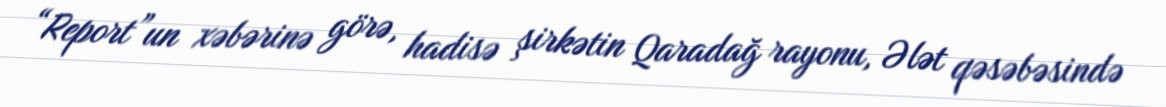
“Report”un xəbərinə görə, hadisə şirkətin Qaradağ rayonu, Ələt qəsəbəsində